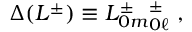
\Delta ( L ^ { \pm } ) \equiv L _ { 0 m } ^ { \pm } \L _ { 0 \ell } ^ { \pm } \ ,